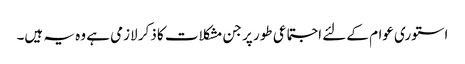
استوری عوام کے لئے اجتماعی طور پر جن مشکلات کا ذکر لازمی ہے وہ یہ ہیں۔